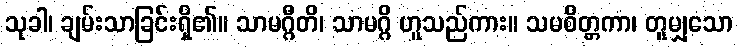
သုခါ၊ ချမ်းသာခြင်းရှိ၏။ သာမဂ္ဂီတိ၊ သာမဂ္ဂိ ဟူသည်ကား။ သမစိတ္တကာ၊ တူမျှသော